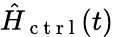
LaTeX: \hat{H}_{\mathrm{~c~t~r~l~}}(t)